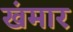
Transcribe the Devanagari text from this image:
खंमार